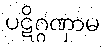
ပဋိဂ္ဂဏှာမ